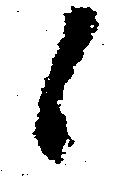
候